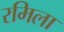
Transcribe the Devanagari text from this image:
रमिला